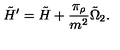
\tilde { H } ^ { \prime } = \tilde { H } + \frac { \pi _ { \rho } } { m ^ { 2 } } \tilde { \Omega } _ { 2 } .